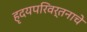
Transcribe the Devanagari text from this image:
हृदयपरिवर्तनाचे